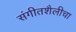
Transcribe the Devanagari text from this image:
संगीतशैलीचा